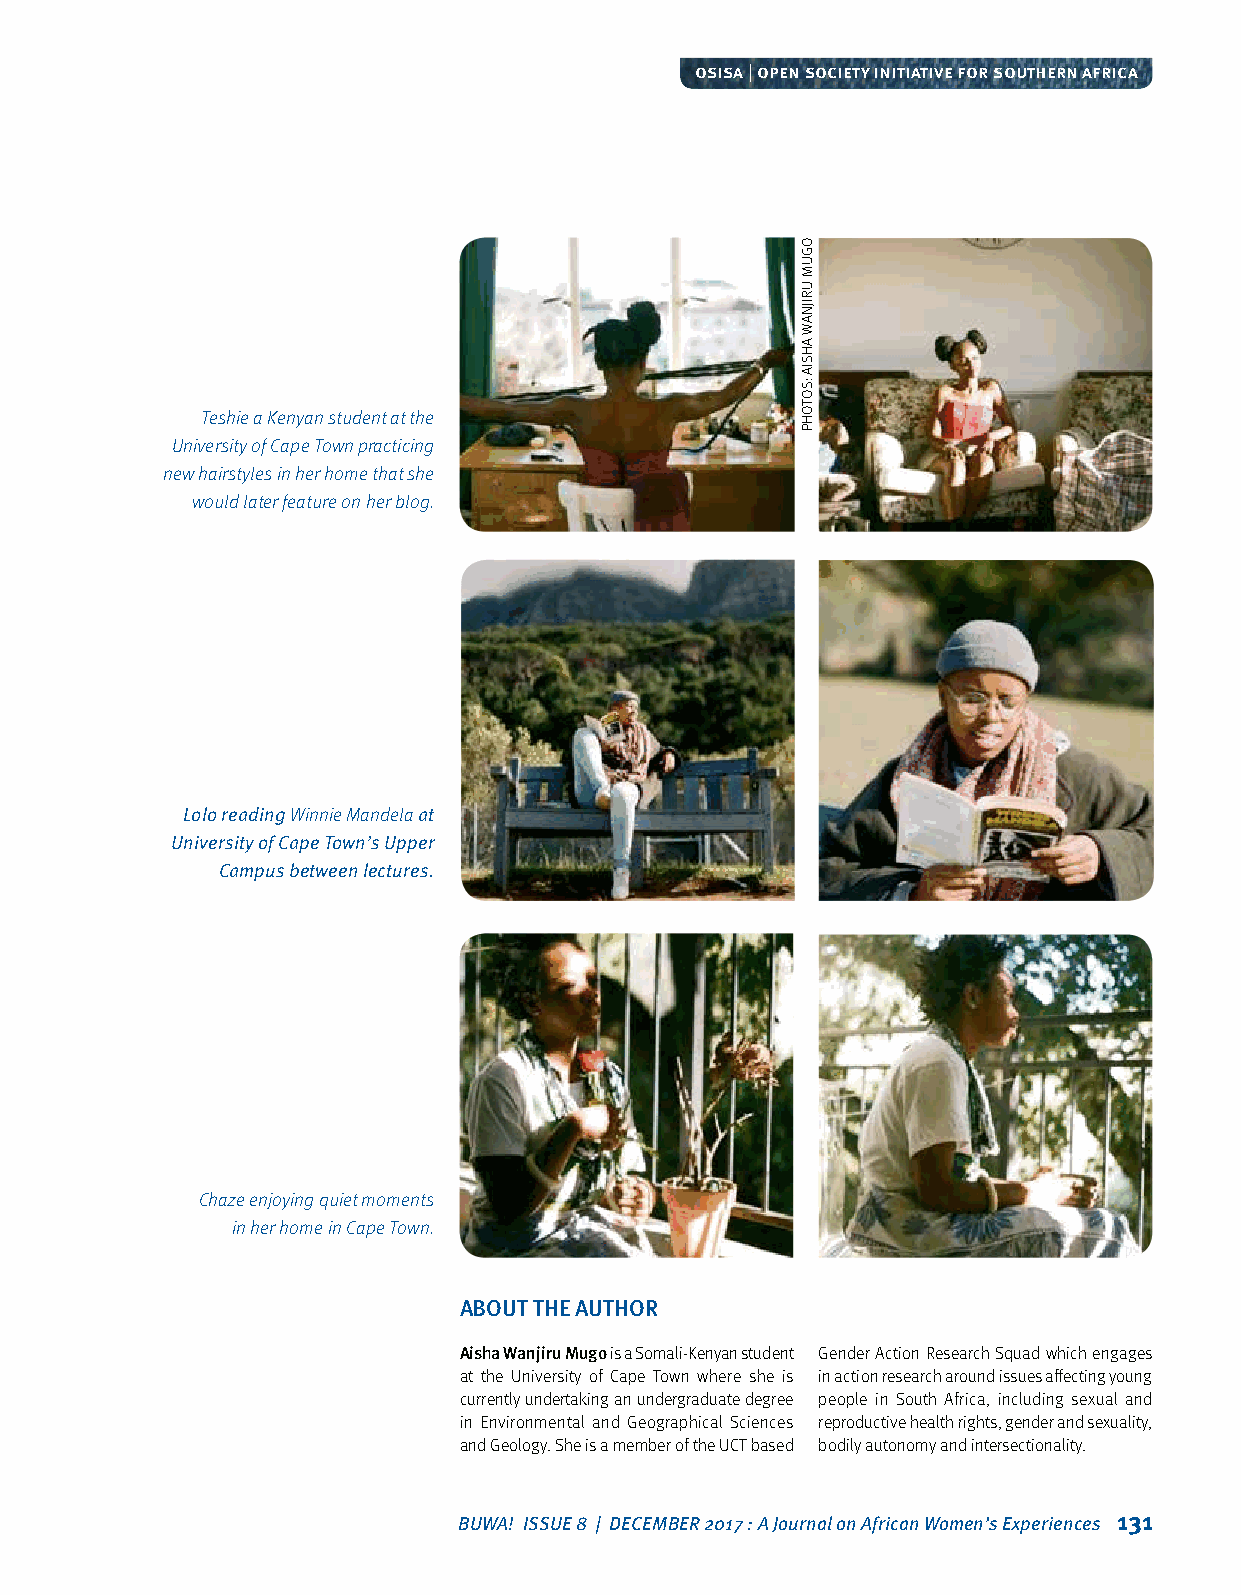
osisa | open society initiative for southern africa
 Teshie a Kenyan student at the
 University of Cape Town practicing
 new hairstyles in her home that she
 would later feature on her blog.
 Lolo reading Winnie Mandela at
 University of Cape Town’s Upper
 Campus between lectures.
 Chaze enjoying quiet moments
 in her home in Cape Town.
 ABOUT THE AUTHOR
 Aisha Wanjiru Mugo is a Somali‑Kenyan student Gender Action Research Squad which engages
 at the University of Cape Town where she is in action research around issues affecting young
 currently undertaking an undergraduate degree people in South Africa, including sexual and
 in Environmental and Geographical Sciences reproductive health rights, gender and sexuality,
 and Geology. She is a member of the UCT based bodily autonomy and intersectionality.
 BUWA! ISSUE 8 | DECEMBER 2017 : A Journal on African Women’s Experiences 131
 OGUM
 URIJNAW
 AHSIA
 :SOTOHP